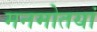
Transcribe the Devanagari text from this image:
मनमोतयां